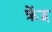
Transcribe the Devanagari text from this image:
क्रेंद्र